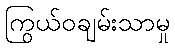
ကြွယ်ဝချမ်းသာမှု